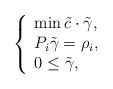
\begin{align*}\left\{\begin{array}{l}\min \tilde{c}\cdot \tilde{\gamma}, \\P_i \tilde{\gamma}=\rho_i,\\0 \leq \tilde{\gamma},\end{array}\right.\end{align*}